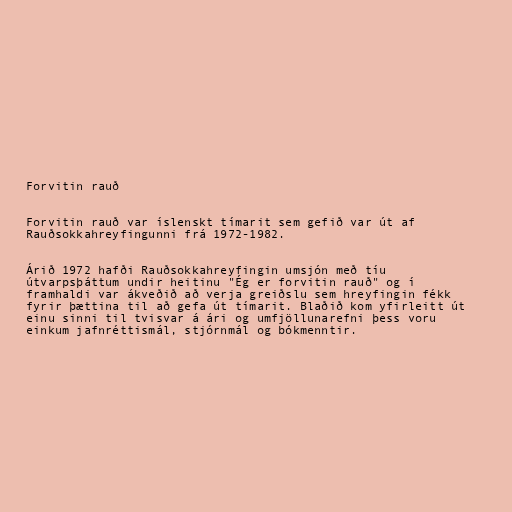
Forvitin rauð

Forvitin rauð var íslenskt tímarit sem gefið var út af
Rauðsokkahreyfingunni frá 1972-1982.

Árið 1972 hafði Rauðsokkahreyfingin umsjón með tíu
útvarpsþáttum undir heitinu "Ég er forvitin rauð" og í
framhaldi var ákveðið að verja greiðslu sem hreyfingin fékk
fyrir þættina til að gefa út tímarit. Blaðið kom yfirleitt út
einu sinni til tvisvar á ári og umfjöllunarefni þess voru
einkum jafnréttismál, stjórnmál og bókmenntir.